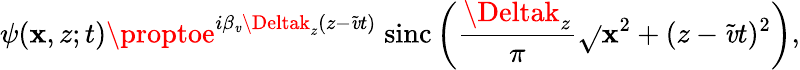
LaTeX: \psi(\mathbf{x},z;t)\proptoe^{i\beta_{\mathit{v}}\Deltak_{z}(z-\widetilde{{\mathit{v}}}t)}\; \mathrm{{sinc}}\left(\frac{{\Deltak_{z}}}{{\pi}}\sqrt{}{{\mathbf{x}^{2}+(z-\widetilde{{\mathit{v}}}t)^{2}}}\right),